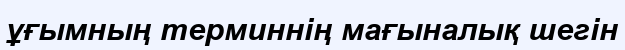
ұғымның терминнің мағыналық шегін